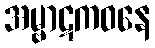
အမ္ဗာဋကဝနေ